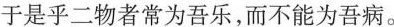
于是乎二物者常为吾乐，而不能为吾病。